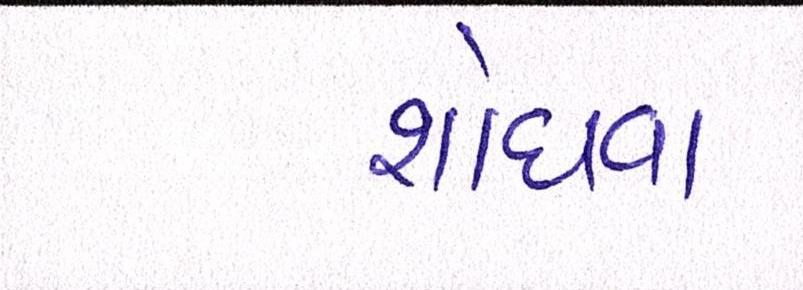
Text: શોધવા